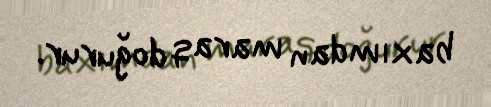
baxımdan maraq doğurur.